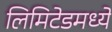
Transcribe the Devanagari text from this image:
लिमिटेडमध्ये